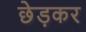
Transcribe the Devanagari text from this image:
छेड़कर